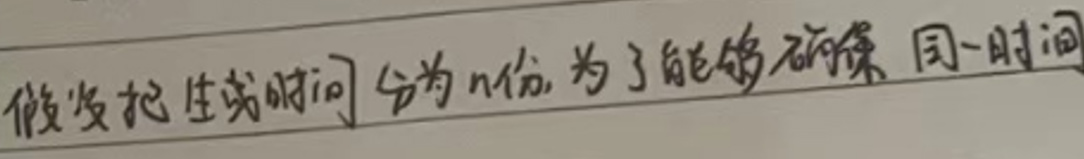
假设把生产时间分为n份, 为了能够确保同一时间